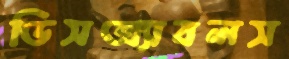
ডিসঅ্যাবলস